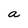
Character: a